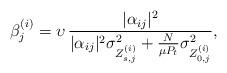
LaTeX: \begin{align*}\beta_j^{(i)}=\upsilon\,\frac{|\alpha_{ij}|^2}{|\alpha_{ij}|^2\sigma_{Z_{s,j}^{(i)}}^2+\frac{N}{\mu P_t}\sigma_{Z_{0,j}^{(i)}}^2},\end{align*}